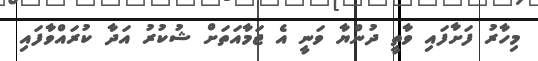
މިހާރު ފަށާފައި ވާތީ ދުންޔާ ވަނީ އެ ޖަމާއަތަށް ޝުކުރު އަދާ ކުރައްވާފައި